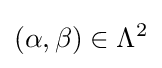
(\alpha ,\beta )\in \Lambda ^{2}